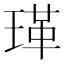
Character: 𭹤